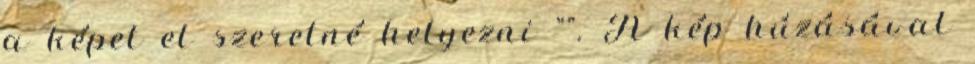
a képet el szeretné helyezni "". A kép húzásával